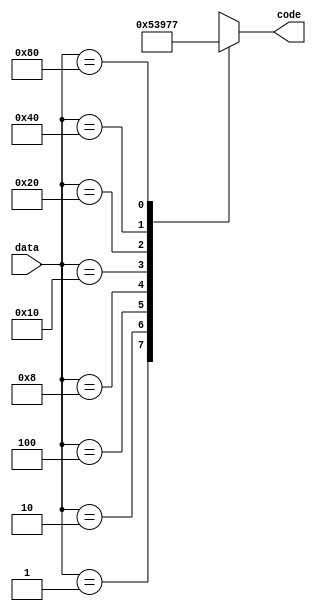

`timescale 10 ns / 1 ns

module Encoder8x3(output reg [2:0] code, input [7:0] data);

always @(data)
begin
	case(data)
		8'b0000_0001: code = 0;
		8'b0000_0010: code = 1;
		8'b0000_0100: code = 2;
		8'b0000_1000: code = 3;
		8'b0001_0000: code = 4;
		8'b0010_0000: code = 5;
		8'b0100_0000: code = 6;
		8'b1000_0000: code = 7;
		default: code = 3'bxxx;
	endcase
end
endmodule